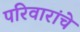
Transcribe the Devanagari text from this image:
परिवारांचे